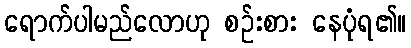
ရောက်ပါမည်လောဟု စဉ်းစား နေပုံရ၏။